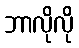
ဘာလိုလို